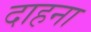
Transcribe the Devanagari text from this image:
दाहना